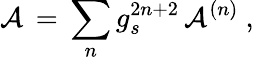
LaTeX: {\cal A}\, =\, \sum_{n}g_{s}^{2n+2}\, {\cal A}^{(n)}\ ,